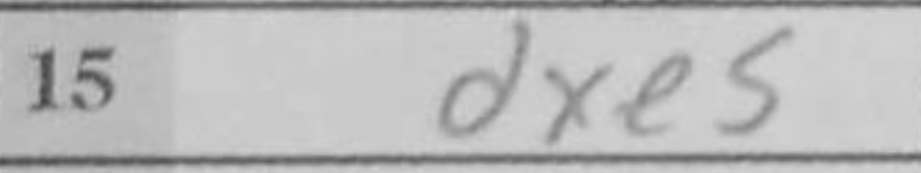
Transcription: dxe5